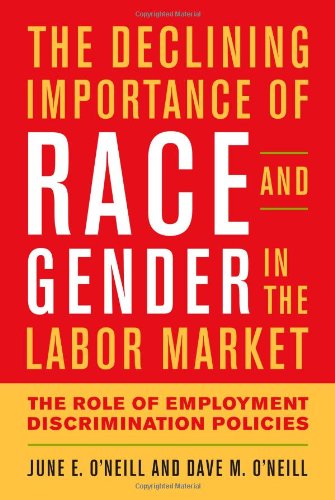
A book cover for The Declining Importance of Race and Gender in the Labor Market: The Role of Employment Discrimination Policies; June E. O'Neill; Business & Money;